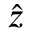
\hat { { z } }